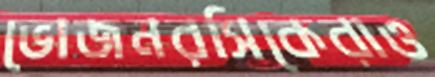
ভোজনরসিকেরাও